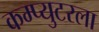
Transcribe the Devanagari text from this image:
कम्प्युटरला